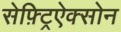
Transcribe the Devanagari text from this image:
सेफ़्ट्रिऐक्सोन